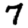
Digit: 7